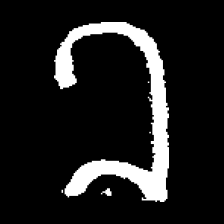
Pyu character \u2014 Myanmar letter: ခ (romanized: kha)